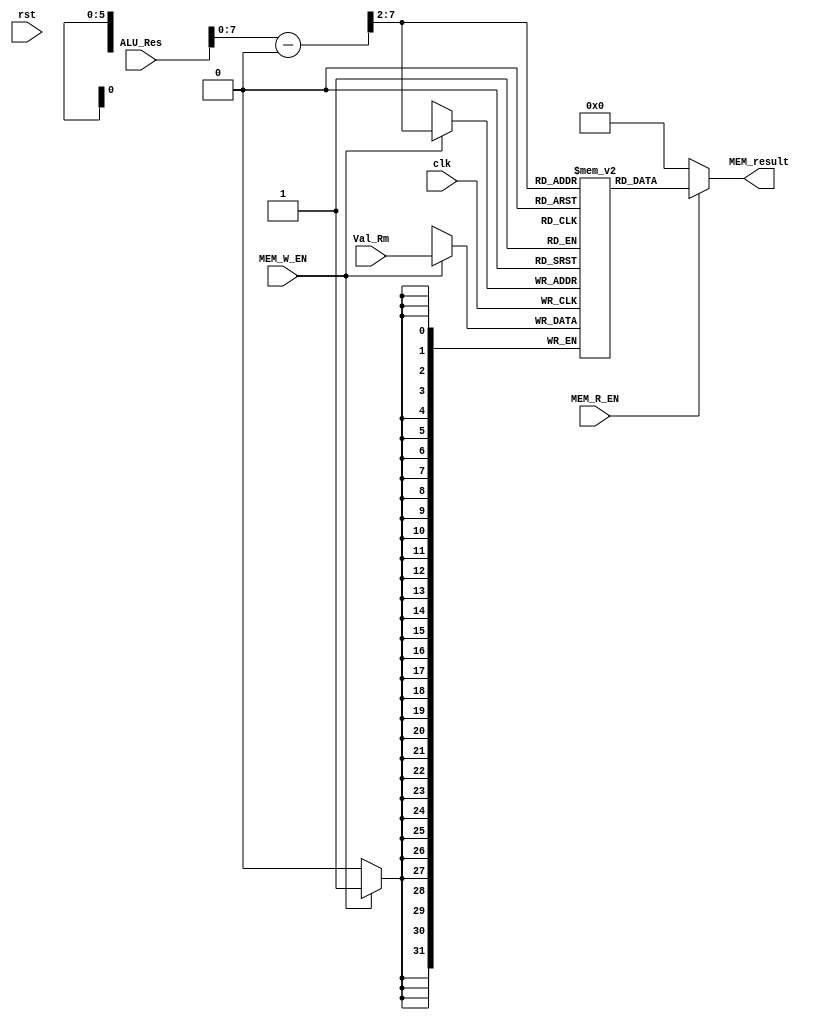
module MEM_Stage(
  clk,
  rst,
  Val_Rm,
  ALU_Res,
  MEM_W_EN,
  MEM_R_EN,
  MEM_result
);
  input clk;
  input rst;
  input[31:0] Val_Rm;
  input[31:0] ALU_Res;
  input MEM_W_EN;
  input MEM_R_EN;

  output[31:0] MEM_result;

  reg[31:0] memory[0:63];
  wire[31:0] address;

  assign address= (ALU_Res-32'd1024) >> 2;
  
  assign MEM_result = MEM_R_EN ? memory[address] : 32'b0;

  always@(posedge clk)begin//write
    if(MEM_W_EN)
      memory[address] = Val_Rm;
  end

endmodule